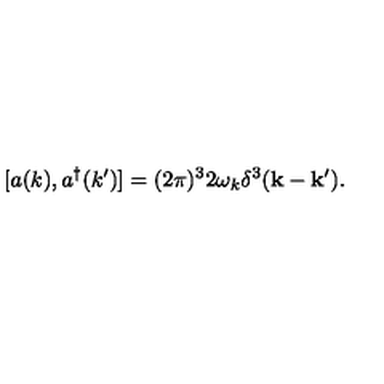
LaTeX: [ a ( k ) , a ^ { \dagger } ( k ^ { \prime } ) ] = ( 2 \pi ) ^ { 3 } 2 \omega _ { k } \delta ^ { 3 } ( { \bf k } - { \bf k } ^ { \prime } ) .